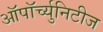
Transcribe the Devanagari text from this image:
ऑपॉर्च्युनिटीज